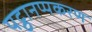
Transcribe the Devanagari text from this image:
पट्ठानप्पकरण